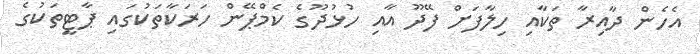
އެހެން ދާއިރާ ތަކާއި ހިލާފަށް ފޭދޫ އާއި ހުޅުދޫގެ ކެމްޕޭން ހަރަކާތަކުގައި ޕާޓީތަކުގެ